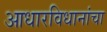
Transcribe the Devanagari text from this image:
आधारविधानांचा